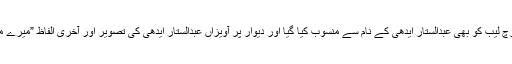
اس موقع پر جامعہ کراچی کے شعبہ سماجی بہبود میں ریسرچ لیب کو بھی عبدالستار ایدھی کے نام سے منسوب کیا گیا اور دیوار پر آویزاں عبدالستار ایدھی کی تصویر اور آخری الفاظ ”میرے ملک کے غریبوں کا خیال رکھنا” کی رونمائی بھی کی گئی ۔